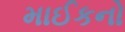
માઈકનો